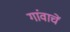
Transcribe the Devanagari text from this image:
गांवाचें